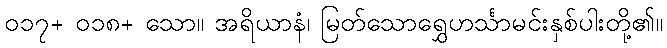
၀၁၇+ ၀၁၈+ သော။ အရိယာနံ၊ မြတ်သောရွှေဟင်္သာမင်းနှစ်ပါးတို့၏။